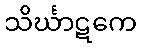
သိင်္ဃာဋကေ